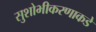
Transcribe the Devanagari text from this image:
सुशोभीकरणाकडे